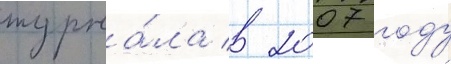
журна́ла в 2007 году